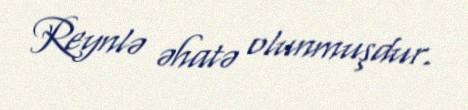
Reynlə əhatə olunmuşdur.